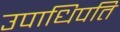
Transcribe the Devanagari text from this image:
उपाधिपति